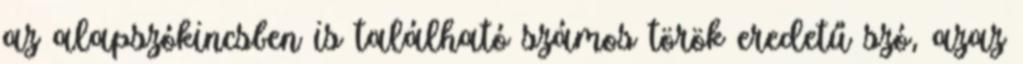
az alapszókincsben is található számos török eredetű szó, azaz